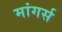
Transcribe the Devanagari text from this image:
मांगर्स